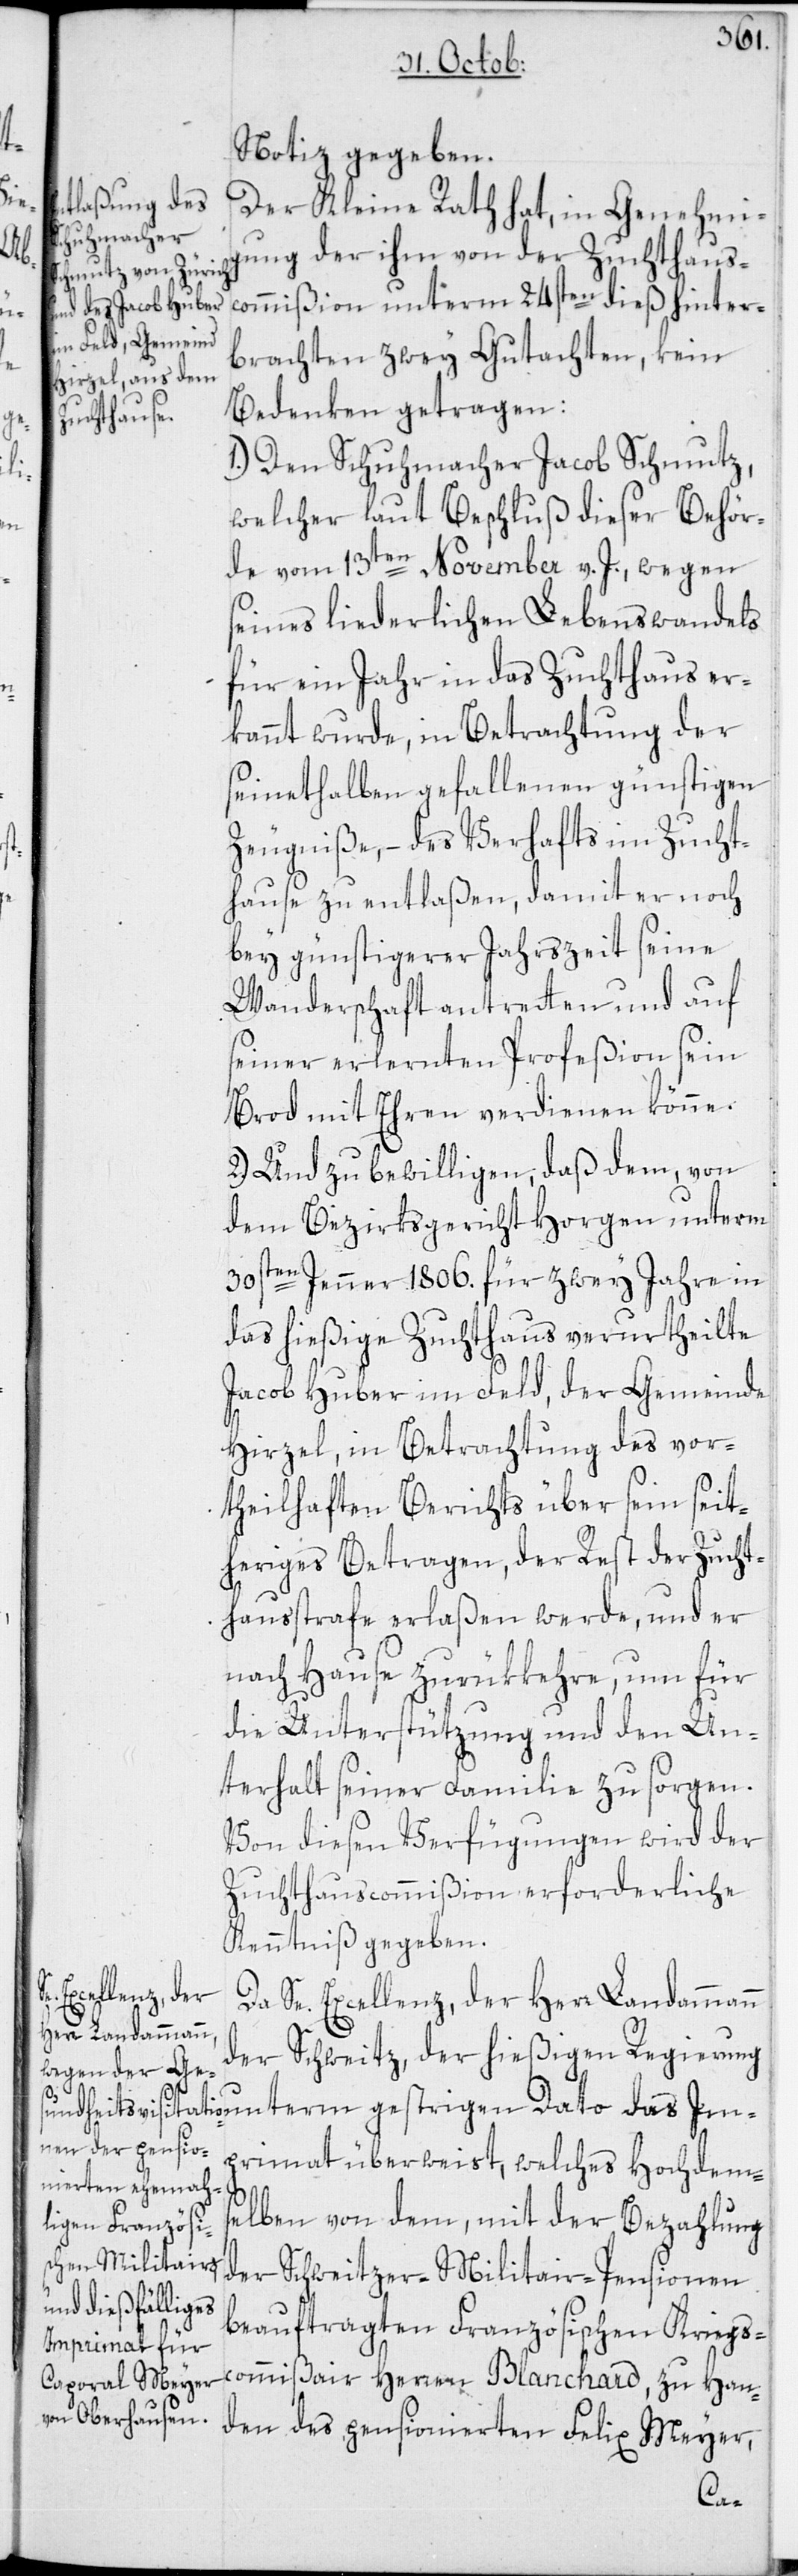
Im¬

Notiz gegeben.
Der Kleine Rath hat, in Genehmi¬
gung der ihm von der Zuchthaus¬
commißion unterm 24sten dieß hinter¬
brachten zwey Gutachten, kein
Bedenken getragen:
1.) Den Schuhmacher Jacob Schmutz,
welcher laut Beschluß dieser Behör¬
de vom 13ten November v. J., wegen
seines liederlichen Lebenswandels
für ein Jahr in das Zuchthaus er¬
kannt wurde, in Betrachtung der
seinethalben gefallenen günstigen
Zeugniße, – des Verhafts im Zucht¬
hause zu entlaßen, damit er noch
bey günstigerer Jahrszeit seine
Wanderschaft antretten und auf
seiner erlernten Profeßion sein
Brod mit Ehren verdienen könne.
2.) Und zu bewilligen, daß dem, von
dem Bezirksgericht Horgen unterm
30sten Jenner 1806. für zwey Jahre in
das hießige Zuchthaus verurtheilte
Jacob Huber im Feld, der Gemeinde
Hirzel, in Betrachtung des vor¬
theilhaften Berichts über sein seit¬
heriges Betragen, der Rest der Zucht¬
hausstrafe erlaßen werde, und er
nach Hause zurükkehre, um für
die Unterstützung und den Un¬
terhalt seiner Familie zu sorgen.
Von diesen Verfügungen wird der
Zuchthauscommißion erforderliche
Kenntniß gegeben.
Da Se. Excellenz, der Herr Landammann
der Schweitz, der hießigen Regierung
primat überweist, welches Hochdems¬
elben von dem, mit der Bezahlung
der Schweitzer-Militair-Pensionen
beauftragten Französischen Kriegs¬
commißair Herren Blanchard, zu Han¬
den des pensionierten Felix Meyer,